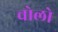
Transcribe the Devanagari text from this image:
चोलो